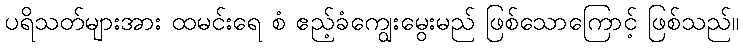
ပရိသတ်များအား ထမင်းရေ စံ ဧည့်ခံကျွေးမွေးမည် ဖြစ်သောကြောင့် ဖြစ်သည်။